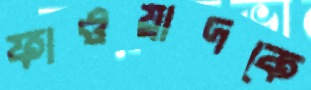
ফাওয়াদকে